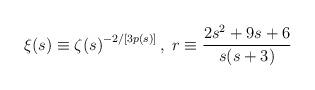
LaTeX: \begin{align*}{\xi}(s) \equiv {{\zeta}(s)}^{-2/[3p(s)]} \,,\; r \equiv \frac{2s^{2}+ 9s + 6}{s(s +3)} \end{align*}